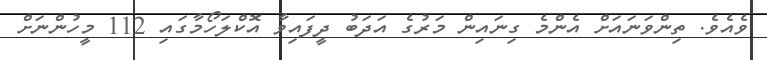
ވެއެވެ. ތިންވަނައަށް އެންމެ ގިނައިން މަރުގެ އަދަބު ދީފައިވާ އޮކްލަހޯމާގައި 112 މީހުންނަށް